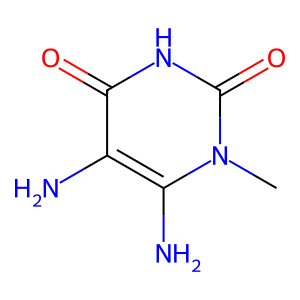
SMILES: Cn1c(N)c(N)c(=O)[nH]c1=O
Inhibits HIV replication: No